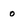
Character: o